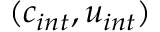
( c _ { i n t } , u _ { i n t } )